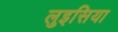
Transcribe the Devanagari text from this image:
लुइसिया